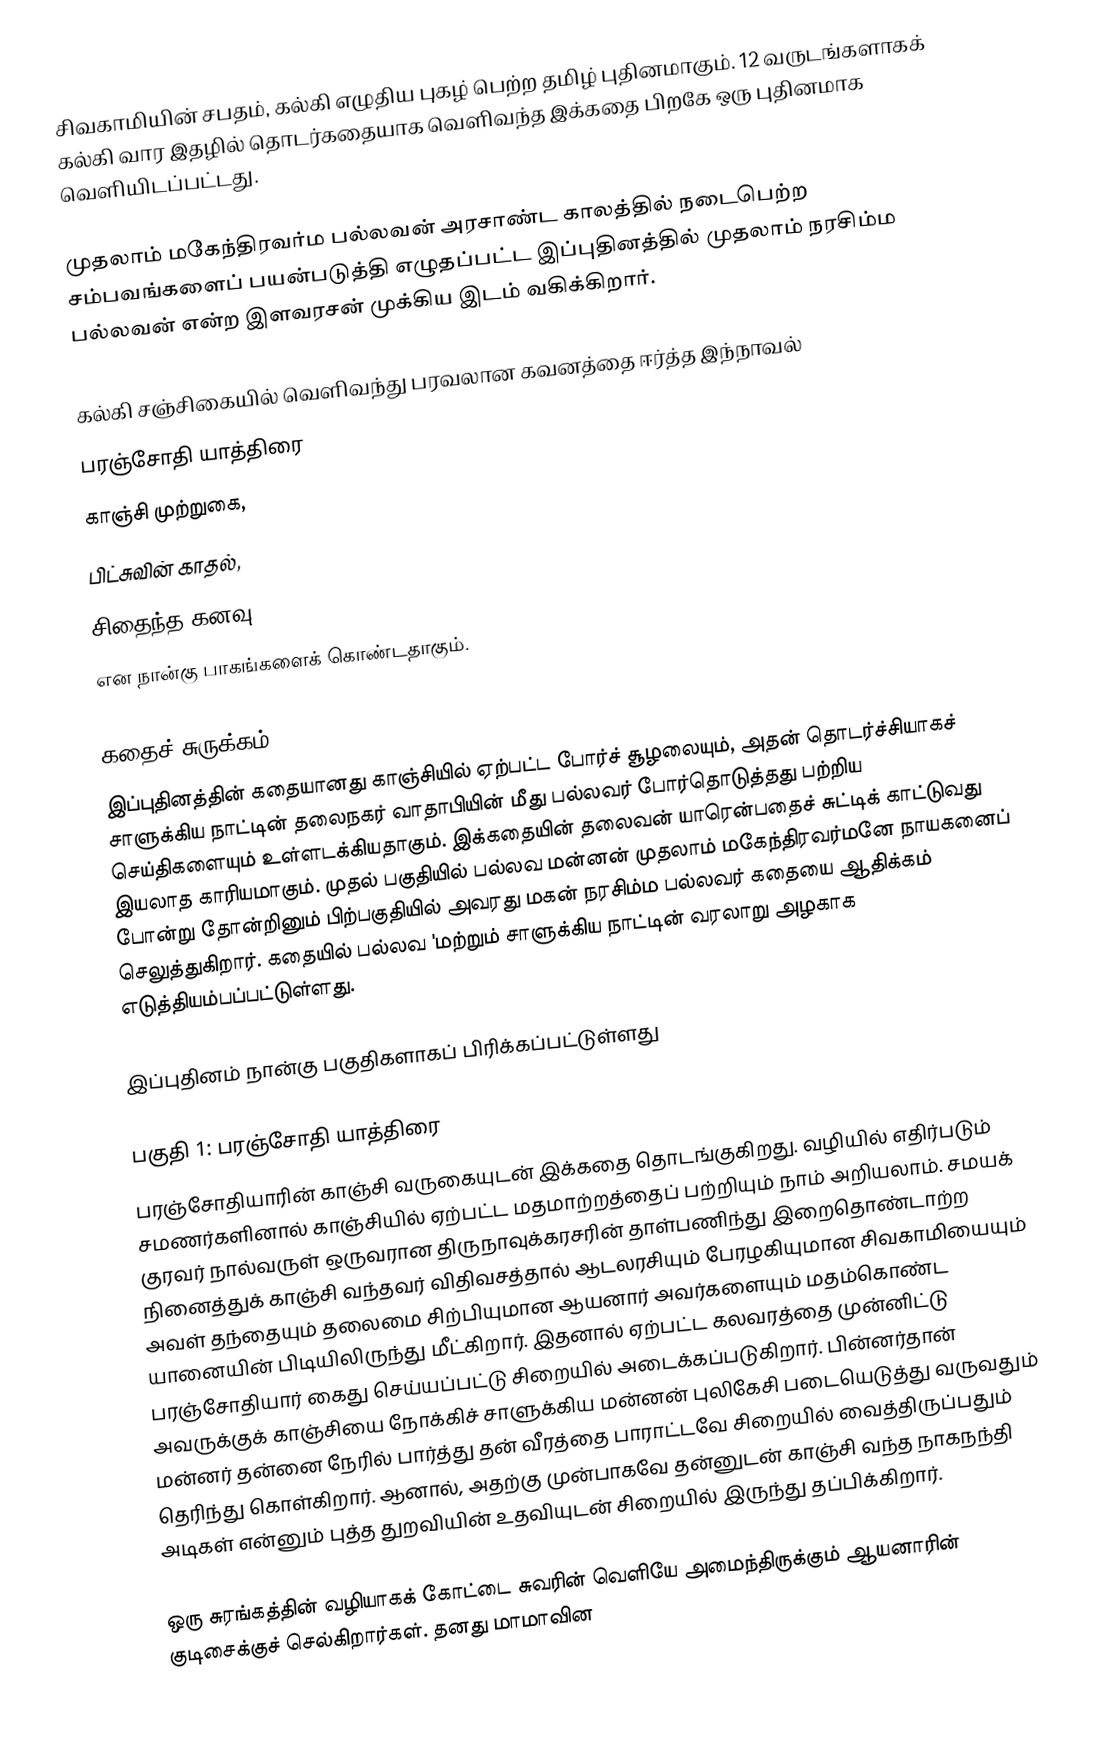
சிவகாமியின் சபதம், கல்கி எழுதிய புகழ் பெற்ற தமிழ் புதினமாகும். 12 வருடங்களாகக் கல்கி வார இதழில் தொடர்கதையாக வெளிவந்த இக்கதை பிறகே ஒரு புதினமாக வெளியிடப்பட்டது.

முதலாம் மகேந்திரவர்ம பல்லவன் அரசாண்ட காலத்தில் நடைபெற்ற சம்பவங்களைப் பயன்படுத்தி எழுதப்பட்ட இப்புதினத்தில் முதலாம் நரசிம்ம பல்லவன் என்ற இளவரசன் முக்கிய இடம் வகிக்கிறார்.

கல்கி சஞ்சிகையில் வெளிவந்து பரவலான கவனத்தை ஈர்த்த இந்நாவல்
 பரஞ்சோதி யாத்திரை
 காஞ்சி முற்றுகை,
 பிட்சுவின் காதல்,
 சிதைந்த கனவு
என நான்கு பாகங்களைக் கொண்டதாகும்.

கதைச் சுருக்கம்
இப்புதினத்தின் கதையானது காஞ்சியில் ஏற்பட்ட போர்ச் சூழலையும், அதன் தொடர்ச்சியாகச் சாளுக்கிய நாட்டின் தலைநகர் வாதாபியின்  மீது பல்லவர் போர்தொடுத்தது பற்றிய செய்திகளையும்  உள்ளடக்கியதாகும். இக்கதையின் தலைவன் யாரென்பதைச் சுட்டிக் காட்டுவது இயலாத காரியமாகும். முதல் பகுதியில் பல்லவ மன்னன் முதலாம் மகேந்திரவர்மனே நாயகனைப் போன்று தோன்றினும் பிற்பகுதியில் அவரது மகன் நரசிம்ம பல்லவர் கதையை ஆதிக்கம் செலுத்துகிறார். கதையில் பல்லவ 'மற்றும் சாளுக்கிய நாட்டின் வரலாறு அழகாக எடுத்தியம்பப்பட்டுள்ளது.

இப்புதினம் நான்கு பகுதிகளாகப் பிரிக்கப்பட்டுள்ளது

பகுதி 1: பரஞ்சோதி யாத்திரை
பரஞ்சோதியாரின் காஞ்சி வருகையுடன் இக்கதை தொடங்குகிறது. வழியில் எதிர்படும் சமணர்களினால் காஞ்சியில் ஏற்பட்ட மதமாற்றத்தைப் பற்றியும் நாம் அறியலாம். சமயக் குரவர் நால்வருள் ஒருவரான திருநாவுக்கரசரின் தாள்பணிந்து இறைதொண்டாற்ற நினைத்துக் காஞ்சி வந்தவர் விதிவசத்தால் ஆடலரசியும்  பேரழகியுமான  சிவகாமியையும் அவள் தந்தையும் தலைமை சிற்பியுமான ஆயனார் அவர்களையும் மதம்கொண்ட யானையின் பிடியிலிருந்து மீட்கிறார். இதனால் ஏற்பட்ட கலவரத்தை முன்னிட்டு பரஞ்சோதியார் கைது செய்யப்பட்டு  சிறையில் அடைக்கப்படுகிறார். பின்னர்தான்  அவருக்குக் காஞ்சியை நோக்கிச் சாளுக்கிய மன்னன் புலிகேசி படையெடுத்து வருவதும் மன்னர் தன்னை நேரில் பார்த்து தன் வீரத்தை பாராட்டவே சிறையில் வைத்திருப்பதும் தெரிந்து கொள்கிறார். ஆனால், அதற்கு முன்பாகவே தன்னுடன் காஞ்சி  வந்த  நாகநந்தி அடிகள் என்னும்  புத்த துறவியின் உதவியுடன் சிறையில்  இருந்து தப்பிக்கிறார்.

ஒரு சுரங்கத்தின் வழியாகக் கோட்டை சுவரின் வெளியே அமைந்திருக்கும் ஆயனாரின் குடிசைக்குச் செல்கிறார்கள். தனது மாமாவின